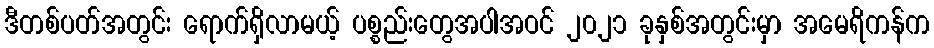
ဒီတစ်ပတ်အတွင်း ရောက်ရှိလာမယ့် ပစ္စည်းတွေအပါအဝင် ၂၀၂၁ ခုနှစ်အတွင်းမှာ အမေရိကန်က